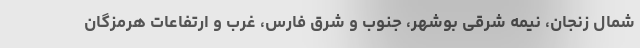
شمال زنجان، نیمه شرقی بوشهر، جنوب و شرق فارس، غرب و ارتفاعات هرمزگان